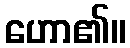
ဟော၏။